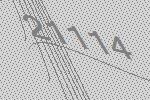
21114